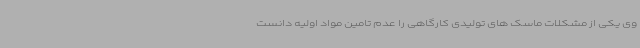
وی یکی از مشکلات ماسک های تولیدی کارگاهی را عدم تامین مواد اولیه دانست